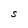
Character: S